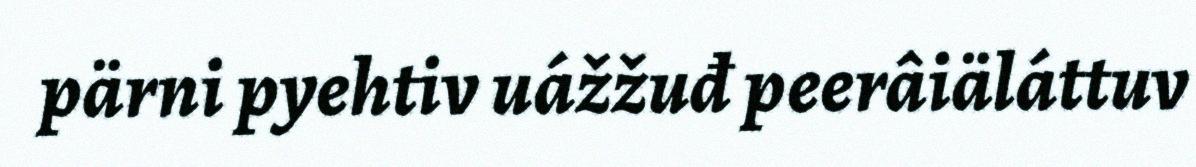
pärni pyehtiv uážžuđ peerâiäláttuv